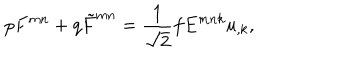
LaTeX: p F ^ { m n } + q \tilde { F } ^ { m n } = \frac { 1 } { \sqrt 2 } f E ^ { m n k } u _ { , k } ,